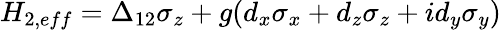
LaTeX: \begin{array}{r}{H_{2,eff}=\Delta_{12}\sigma_{z}+g(d_{x}\sigma_{x}+d_{z}\sigma_{z}+id_{y}\sigma_{y})}\end{array}